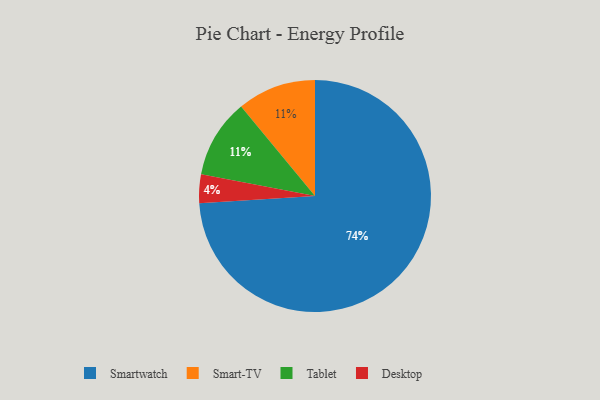
{"axis": {"x": "Category", "y": "Percentage"}, "legend": ["Desktop", "Smart-TV", "Smartwatch", "Tablet"], "data": [{"x": "Smart-TV", "y": 11, "type": "Smart-TV"}, {"x": "Tablet", "y": 11, "type": "Tablet"}, {"x": "Smartwatch", "y": 74, "type": "Smartwatch"}, {"x": "Desktop", "y": 4, "type": "Desktop"}]}